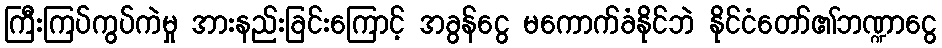
ကြီးကြပ်ကွပ်ကဲမှု အားနည်းခြင်းကြောင့် အခွန်ငွေ မကောက်ခံနိုင်ဘဲ နိုင်ငံတော်၏ဘဏ္ဍာငွေ